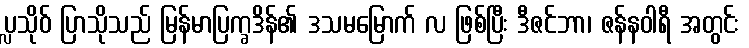
ပ္လသိုဝ် ပြာသိုသည် မြန်မာပြက္ခဒိန်၏ ဒသမမြောက် လ ဖြစ်ပြီး ဒီဇင်ဘာ၊ ဇန်နဝါရီ အတွင်း